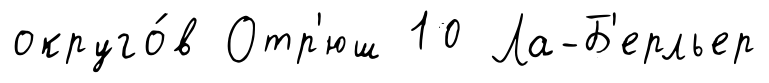
округо́в Отр'юш 10 Ла-Б'ерльер